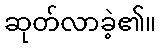
ဆုတ်လာခဲ့၏။